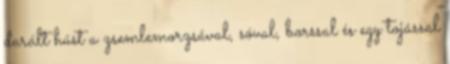
darált húst a zsemlemorzsával, sóval, borssal és egy tojással